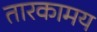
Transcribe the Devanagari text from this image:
तारकामय